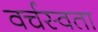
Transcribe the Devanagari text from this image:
वर्चस्वता